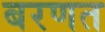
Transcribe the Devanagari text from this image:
बरणत